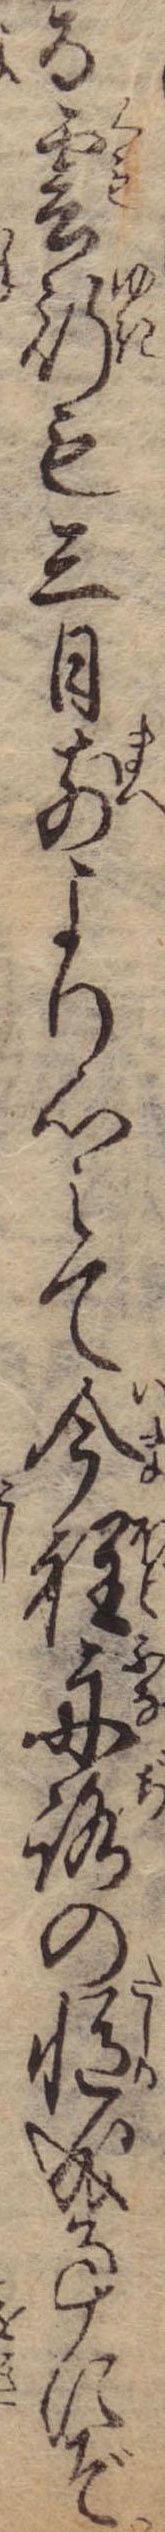
る雲行も三日前より心えて今程舟路の慥成事にぞ